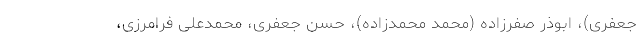
جعفری)، ابوذر صفرزاده (محمد محمدزاده)، حسن جعفری، محمدعلی فرامرزی،